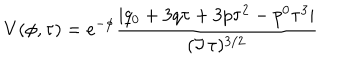
V ( \phi , \tau ) = e ^ { - \phi } \frac { | q _ { 0 } + 3 q \tau + 3 p \tau ^ { 2 } - p ^ { 0 } \tau ^ { 3 } | } { ( \Im \, \tau ) ^ { 3 / 2 } }